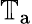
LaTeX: \mathbb{T}_{\mathrm{a}}